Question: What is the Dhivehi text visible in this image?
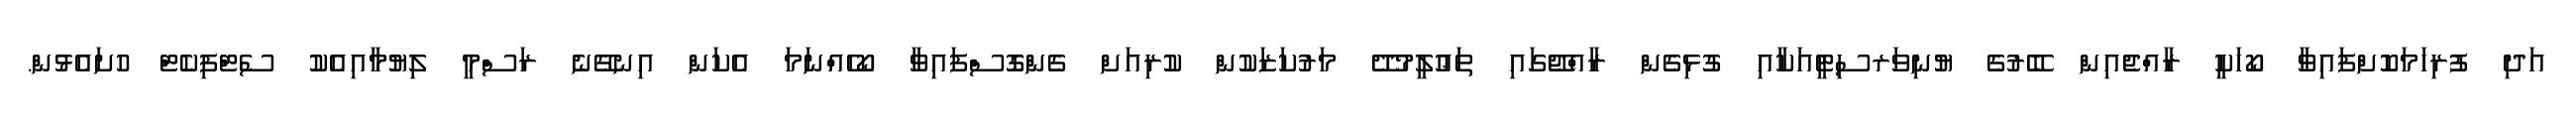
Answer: އަދި ފުރިހަމަކޮށްފައިވާ ކޯހަކީ ރާއްޖެއިން ބޭރުގެ ޔުނިވަރސިޓީއަކާއި ގުޅިގެން ރާއްޖޭގައި ތަޢުލީމުދޭ މަރުކަޒަކުން ކުރިއަށް ގެންގޮސްފައިވާ ކޯހެއްނަމަ އެކަން އިނގޭނެ ރަސްމީ ލިޔުމާއިއެކު ސެޓްފިކެޓް ހުށައެޅުން.